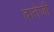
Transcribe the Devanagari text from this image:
दातेजी